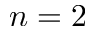
n = 2